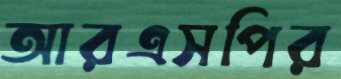
আরএসপির